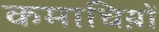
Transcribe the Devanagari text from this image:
कमाचिय़ों